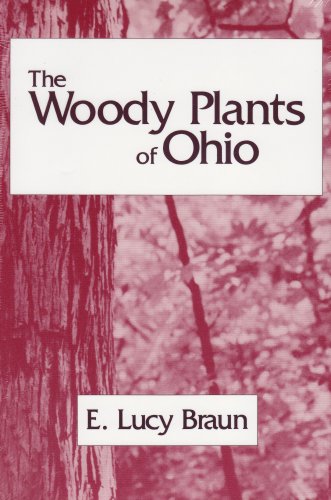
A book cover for WOODY PLANTS OF OHIO: TREES, SHRUBS AND WOODY CLIMBERS NATIVE,; E. LUCY BRAUN; Science & Math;